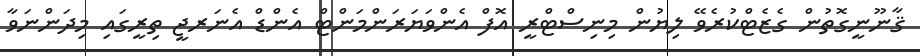
ޤާނޫނީގޮތުން ގެޒެޓްކުރެވޭ ލިޔުން މިނިސްޓްރީ އޮފް އެންވަޔަރަންމަންޓް އެންޑް އެނަރޖީ ތިރީގައި މިދަންނަވާ